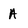
Character: A